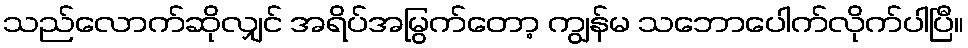
သည်လောက်ဆိုလျှင် အရိပ်အမြွက်တော့ ကျွန်မ သဘောပေါက်လိုက်ပါပြီ။